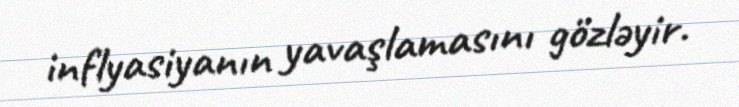
inflyasiyanın yavaşlamasını gözləyir.